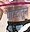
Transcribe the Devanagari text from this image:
पोस्टातून